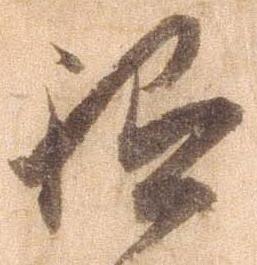
祗